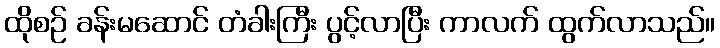
ထိုစဉ် ခန်းမဆောင် တံခါးကြီး ပွင့်လာပြီး ကာလက် ထွက်လာသည်။